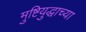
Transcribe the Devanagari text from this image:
मुष्टियुद्धाच्या